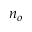
n _ { o }